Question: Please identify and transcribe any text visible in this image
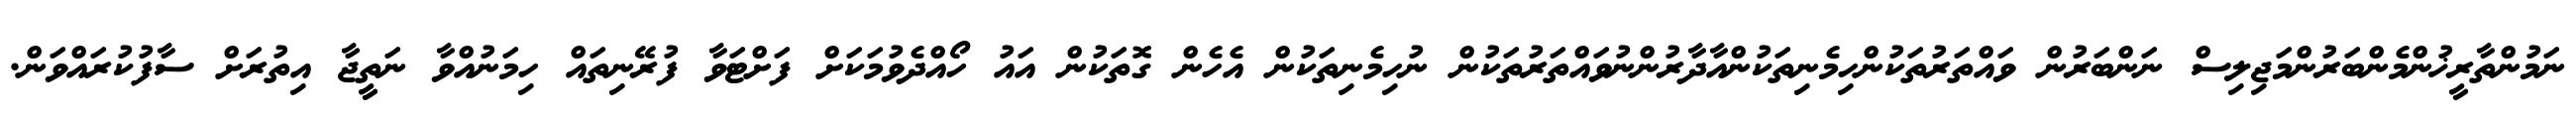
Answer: ނަމުންތާރީޚުންމެންބަރުންމަޖިލިސް ނަންބަރުން ވައްތަރުތަކުންހިމެނިތަކުންއާދާރުންނުވައްތަރުތަކުން ނުހިމެނިތަކުން އެހެން ގޮތަކުން އައު ހޯއްދެވުމަކަށް ފަށްޓަވާ ފުރޭނިތައް ހިމަނުއްވާ ނަތީޖާ އިތުރަށް ސާފުކުރައްވަން.